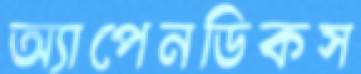
অ্যাপেনডিকস